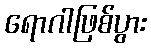
ရောဂါဖြစ်ပွား